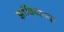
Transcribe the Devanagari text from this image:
झांबियाच्या